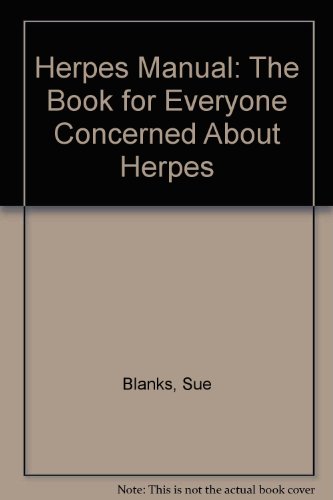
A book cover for Herpes Manual: The Book for Everyone Concerned About Herpes; Sue Blanks; Health, Fitness & Dieting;